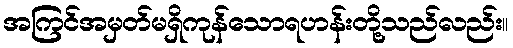
အကြင်အမှတ်မရှိကုန်သောရဟန်းတို့သည်လည်း။